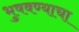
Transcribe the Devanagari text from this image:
भुषवण्याचा